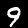
Digit: 9